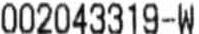
002043319-W